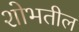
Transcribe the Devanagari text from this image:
शोभतील